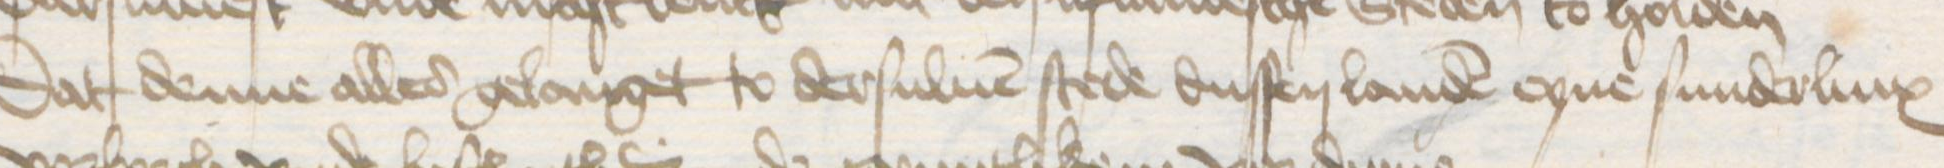
Transcription: Dat denne alles gelanget to dersuluen stede dussen landen eyne sunderlinx